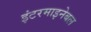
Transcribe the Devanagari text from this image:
इंटरमाइनेबल